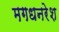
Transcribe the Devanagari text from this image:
मगधनरेश